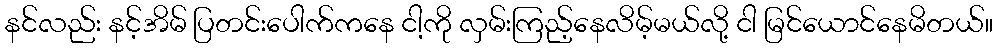
နင်လည်း နင့်အိမ် ပြတင်းပေါက်ကနေ ငါ့ကို လှမ်းကြည့်နေလိမ့်မယ်လို့ ငါ မြင်ယောင်နေမိတယ်။